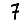
Digit: 7